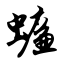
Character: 蠊